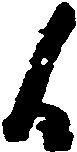
候